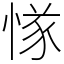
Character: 㥞